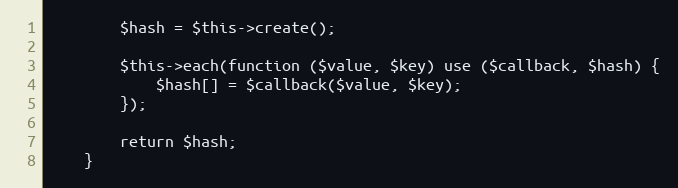
Language: PHP
        $hash = $this->create();

        $this->each(function ($value, $key) use ($callback, $hash) {
            $hash[] = $callback($value, $key);
        });

        return $hash;
    }